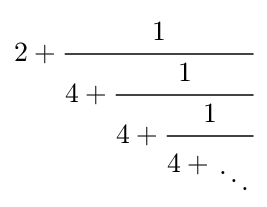
2+{\cfrac {1}{4+{\cfrac {1}{4+{\cfrac {1}{4+{{\vphantom {x}} \atop \displaystyle \ddots }}}}}}}